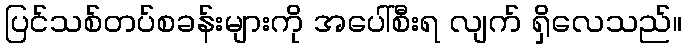
ပြင်သစ်တပ်စခန်းများကို အပေါ်စီးရ လျက် ရှိလေသည်။